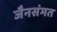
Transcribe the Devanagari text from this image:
जैनसंमत